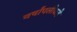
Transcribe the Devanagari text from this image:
वर्षांपलीकडे